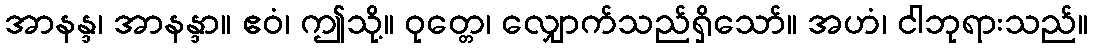
အာနန္ဒ၊ အာနန္ဒာ။ ဧဝံ၊ ဤသို့။ ဝုတ္တေ၊ လျှောက်သည်ရှိသော်။ အဟံ၊ ငါဘုရားသည်။